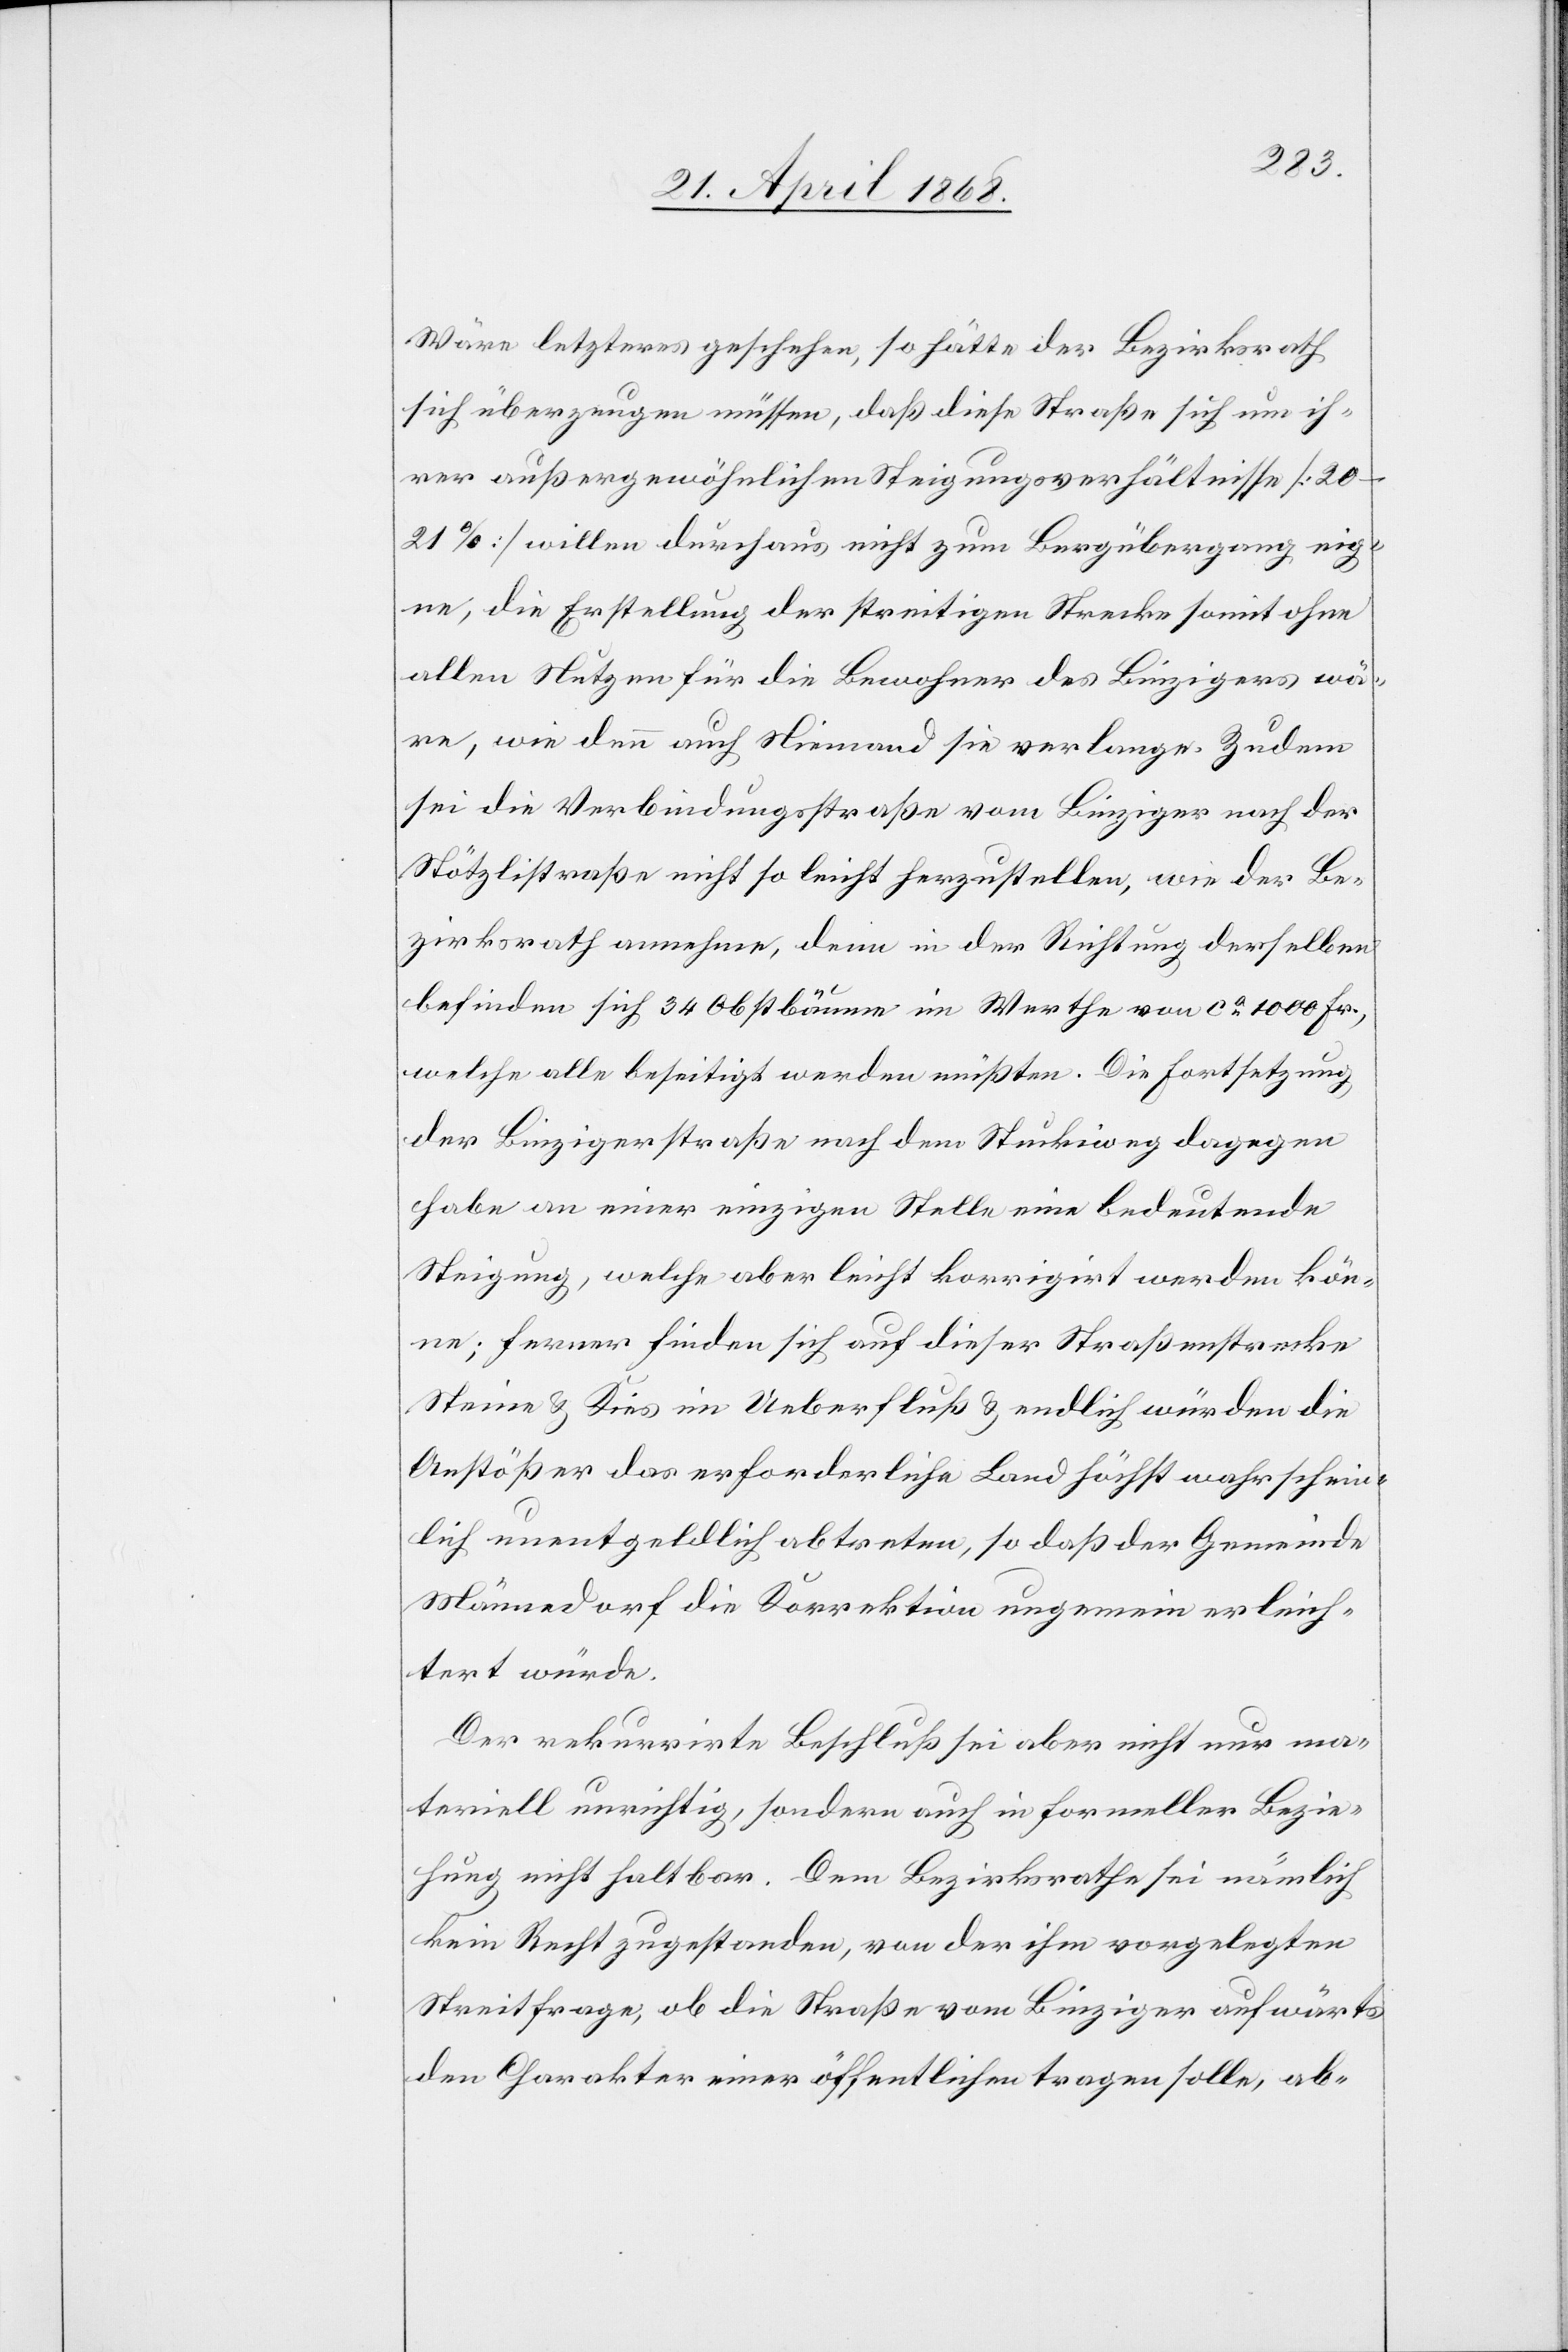
Wäre letzteres geschehen, so hätte der Bezirksrath
sich überzeugen müssen, daß diese Straße sich um ih¬
rer außergewöhnlichen Steigungsverhältnisse
[20–21%] willen durchaus nicht zum Bergübergang eig¬
ne, die Erstellung der streitigen Strecke somit ohne
allen Nutzen für die Bewohner des Binzigers wä¬
re, wie denn auch Niemand sie verlange. Zudem
sei die Verbindungsstraße vom Binziger nach der
Stötzlistraße nicht so leicht herzustellen, wie der Be¬
zirksrath annehme, denn in der Richtung derselben
befinden sich 34 Obstbäume im Werthe von ca. 1000 Fr.,
welche alle beseitigt werden müßten. Die Fortsetzung
der Binzigerstraße nach dem Stuckiweg dagegen
habe an einer einzigen Stelle eine bedeutende
Steigung, welche aber leicht korrigirt werden kön¬
ne; ferner finden sich auf dieser Straßenstrecke
Steine & Kies im Ueberfluß & endlich würden die
Anstößer das erforderliche Land höchst wahrschein¬
lich unentgeldlich abtreten, so daß der Gemeinde
Männedorf die Korrektion ungemein erleich¬
tert würde.
Der rekurrirte Beschluß sei aber nicht nur ma¬
teriell unrichtig, sondern auch in formeller Bezie¬
hung nicht haltbar. Dem Bezirksrathe sei nämlich
kein Recht zugestanden, von der ihm vorgelegten
Streitfrage, ob die Straße vom Binziger aufwärts
den Charakter einer öffentlichen tragen solle, ab-